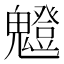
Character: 𩴝